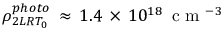
\rho _ { 2 L R T _ { 0 } } ^ { p h o t o } \, \approx \, 1 . 4 \, \times \, 1 0 ^ { 1 8 } \, \mathrm { ~ c ~ m ~ } ^ { - 3 }